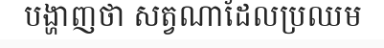
បង្ហាញថា សត្វណាដែលប្រឈម